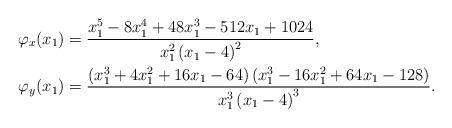
LaTeX: \begin{align*} \begin{aligned} \varphi_x(x_1) &= \frac{x_{1}^{5}-8 x_{1}^{4}+48 x_{1}^{3}-512 x_{1}+1024} {x_{1}^{2} \left(x_1-4\right)^2},\\ \varphi_y(x_1) &=\frac{\left(x_{1}^{3}+4 x_{1}^{2}+16 x_{1}-64\right) \left(x_{1}^{3}-16 x_{1}^{2}+64 x_{1}-128\right)}{x_{1}^{3} \left(x_{1}-4\right)^{3}}.\end{aligned}\end{align*}